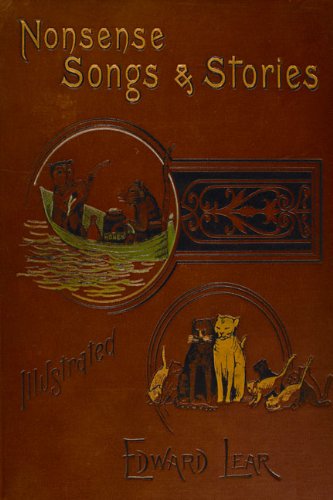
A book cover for Nonsense Songs and Stories; Edward Lear; Humor & Entertainment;